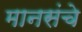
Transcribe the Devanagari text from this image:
मानसंचे